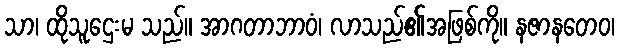
သာ၊ ထိုသူဌေးမ သည်။ အာဂတာဘာဝံ၊ လာသည်၏အဖြစ်ကို။ နဇာနတေဝ၊